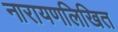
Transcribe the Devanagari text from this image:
नारायणलिखित